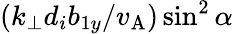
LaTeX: (k_{\perp}d_{i}b_{1y}/v_{\mathrm{A}})\sin^{2}\alpha